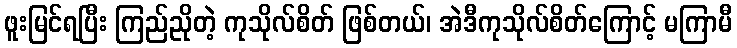
ဖူးမြင်ရပြီး ကြည်ညိုတဲ့ ကုသိုလ်စိတ် ဖြစ်တယ်၊ အဲဒီကုသိုလ်စိတ်ကြောင့် မကြာမီ